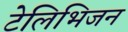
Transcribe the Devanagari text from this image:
टेलिभिजन